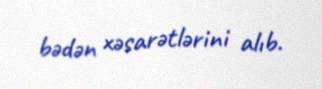
bədən xəsarətlərini alıb.